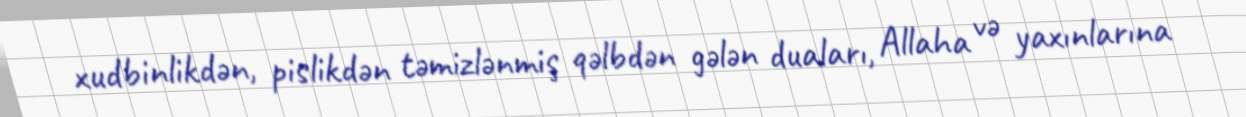
xudbinlikdən, pislikdən təmizlənmiş qəlbdən gələn duaları, Allaha və yaxınlarına